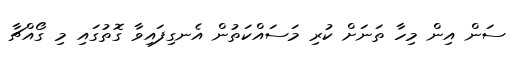
ސަން އިން މިހާ ތަނަށް ކުރި މަސައްކަތުން އެނގިފައިވާ ގޮތުގައި މި ގޯއްޗާ